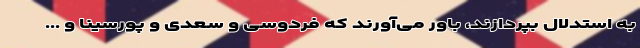
به استدلال بپردازند، باور می‌آورند که فردوسی و سعدی و پورسینا و ...